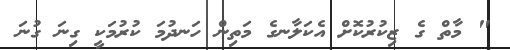
" މާތް ގެ ޒިކުރުކޮށް އެކަލާނގެ މަތިން ހަނދުމަ ކުރުމަކީ ގިނަ ގުނަ